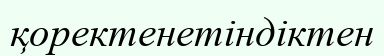
қоректенетіндіктен